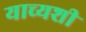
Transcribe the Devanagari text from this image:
याच्यशी